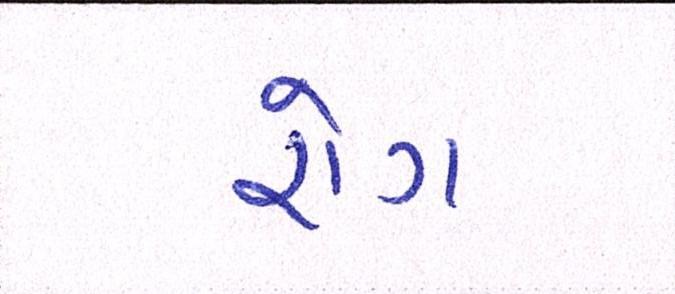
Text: રોગ